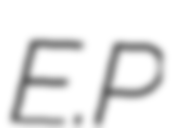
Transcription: E.P